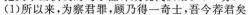
(1)所以来，为察君罪，顾乃得一奇士，吾今荐君矣。